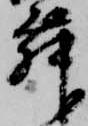
舞